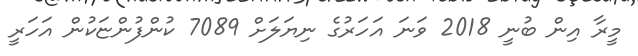
މީރާ އިން ބުނީ 2018 ވަނަ އަހަރުގެ ނިޔަލަށް 7089 ކުންފުންޏަކުން އަހަރީ